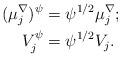
LaTeX: \begin{align*} (\mu_j^{\nabla})^{\psi} &= {\psi^{1/2}} \mu_j^{\nabla}; \\V_j^{\psi} &= \psi^{1/2}V_j.\end{align*}